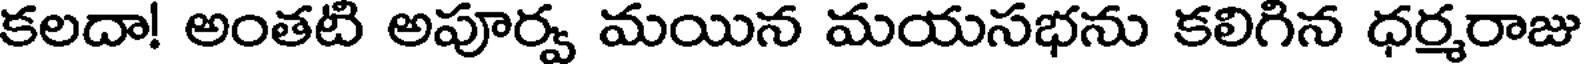
కలదా! అంతటి అపూర్వ మయిన మయసభను కలిగిన ధర్మరాజు